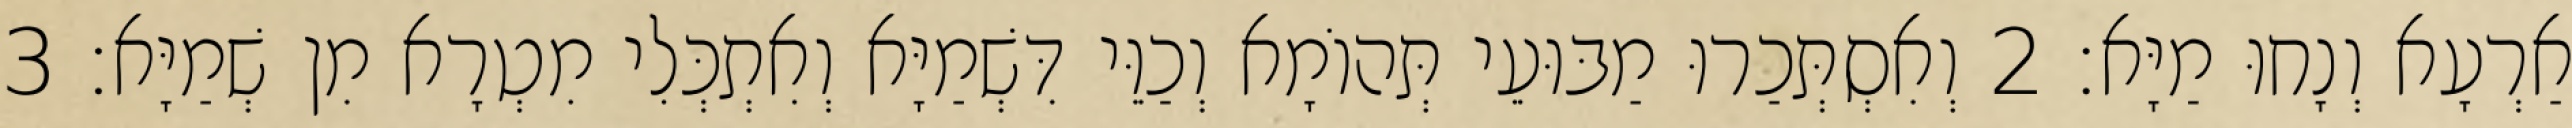
אַרְעָא וְנָחוּ מַיָּא׃ 2 וְאִסְתְּכַרוּ מַבּוּעֵי תְּהוֹמָא וְכַוֵּי דִּשְׁמַיָּא וְאִתְכְּלִי מִטְרָא מִן שְׁמַיָּא׃ 3